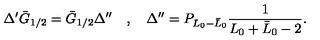
\Delta ^ { \prime } \bar { G } _ { 1 / 2 } = \bar { G } _ { 1 / 2 } \Delta ^ { \prime \prime } \quad , \quad \Delta ^ { \prime \prime } = P _ { L _ { 0 } - \bar { L } _ { 0 } } { \frac { 1 } { L _ { 0 } + \bar { L } _ { 0 } - 2 } } .